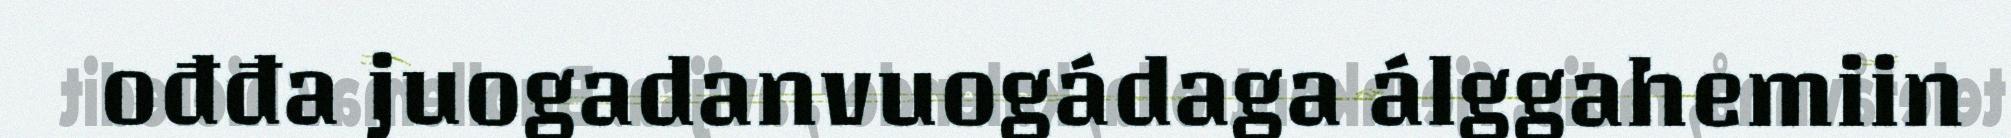
ođđa juogadanvuogádaga álggahemiin